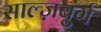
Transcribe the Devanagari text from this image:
साल्ज़बुर्ग